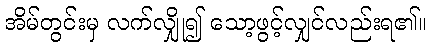
အိမ်တွင်းမှ လက်လျှို၍ သော့ဖွင့်လျှင်လည်းရ၏။